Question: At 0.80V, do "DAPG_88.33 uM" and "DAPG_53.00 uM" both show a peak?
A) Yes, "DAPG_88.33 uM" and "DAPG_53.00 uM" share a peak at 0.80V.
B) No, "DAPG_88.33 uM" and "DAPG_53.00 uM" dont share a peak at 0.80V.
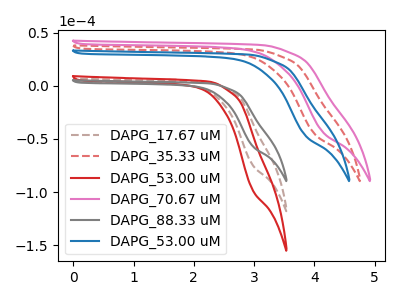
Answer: <think>The brown dashed curve "DAPG_17.67 uM" has no peaks. The red dashed curve "DAPG_35.33 uM" has no peaks. The red curve "DAPG_53.00 uM" has no peaks. The pink curve "DAPG_70.67 uM" has no peaks. The gray curve "DAPG_88.33 uM" has no peaks. The blue curve "DAPG_53.00 uM" has no peaks.</think>
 <answer>B) No, "DAPG_88.33 uM" and "DAPG_53.00 uM" dont share a peak at 0.80V.</answer>
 <eval>B</eval>